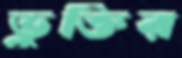
ভুক্তির